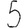
Digit: 5